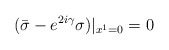
\begin{align*}({\bar \sigma}-e^{2i\gamma}\sigma)|_{x^1=0}=0\end{align*}